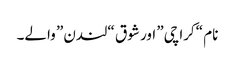
نام “کراچی” اور شوق “لندن” والے۔